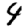
Digit: 4